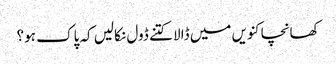
کھانچا کنویں میں ڈالا کتنے ڈول نکالیں کہ پاک ہو؟